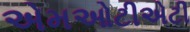
એમઓટીએટી